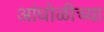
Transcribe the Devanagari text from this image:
आंधोळीच्या